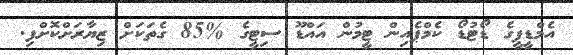
އެމްޑީޕީގެ ޑޯޓުޑޯ ކެމްޕެއިން ޓީމުން އައްޑޫ ސިޓީގެ %85 ގެތަކަށް ޒިޔާރަށްކޮށްފި.